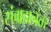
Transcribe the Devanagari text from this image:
संग्रहानंतर